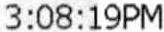
3:08:19PM